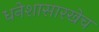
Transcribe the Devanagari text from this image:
धनेशासारखेच